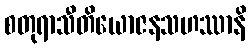
စတုရာသီတိယောဇနသဟဿာနိ